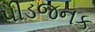
પીડજનક